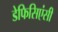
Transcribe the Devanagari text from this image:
डेफिसिएंसी